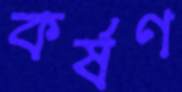
কর্ষণ